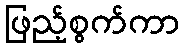
ဖြည့်စွက်ကာ